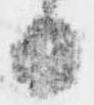
日